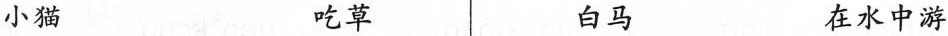
小猫 吃草 白马 在水中游